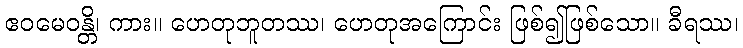
ဧဝမေဝန္တိ၊ ကား။ ဟေတုဘူတဿ၊ ဟေတုအကြောင်း ဖြစ်၍ဖြစ်သော။ ခီရဿ၊